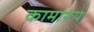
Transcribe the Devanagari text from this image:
कामारूप